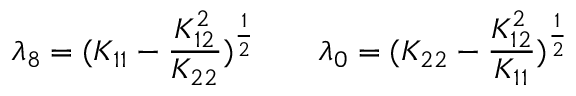
\lambda _ { 8 } = ( K _ { 1 1 } - { \frac { K _ { 1 2 } ^ { 2 } } { K _ { 2 2 } } } ) ^ { \frac { 1 } { 2 } } \qquad \lambda _ { 0 } = ( K _ { 2 2 } - { \frac { K _ { 1 2 } ^ { 2 } } { K _ { 1 1 } } } ) ^ { \frac { 1 } { 2 } }